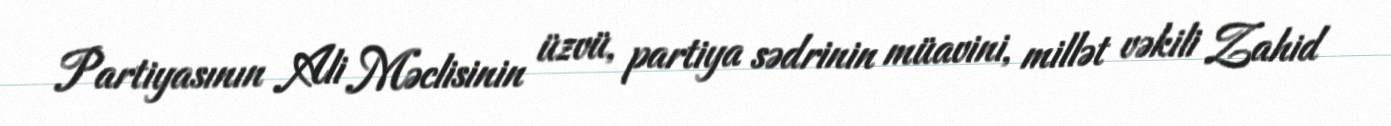
Partiyasının Ali Məclisinin üzvü, partiya sədrinin müavini, millət vəkili Zahid